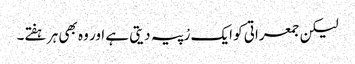
لیکن جمعراتی کو ایک رْپیہ دیتی ہے اور وہ بھی ہر ہفتے۔